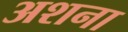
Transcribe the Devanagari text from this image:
अशना